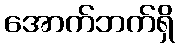
အောက်ဘက်ရှိ